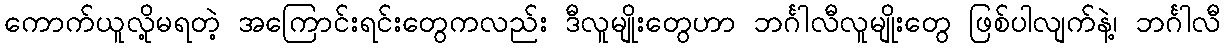
ကောက်ယူလို့မရတဲ့ အကြောင်းရင်းတွေကလည်း ဒီလူမျိုးတွေဟာ ဘင်္ဂါလီလူမျိုးတွေ ဖြစ်ပါလျက်နဲ့၊ ဘင်္ဂါလီ